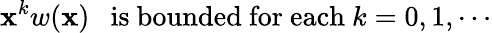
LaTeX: \mathbf{x}^{k}w(\mathbf{x})\ \ \mathrm{{~is~bounded~for~each}}\ k=0,1,\cdots